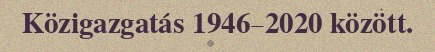
Közigazgatás 1946–2020 között.